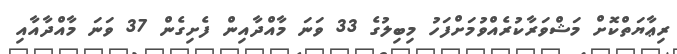
ރިޢާޔަތްކޮށް މަޝްވަރާކުރެއްވުމަށްފަހު މިބިލުގެ 33 ވަނަ މާއްދާއިން ފެށިގެން 37 ވަނަ މާއްދާއާއި